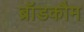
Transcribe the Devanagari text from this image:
ब्रॉडकौम